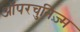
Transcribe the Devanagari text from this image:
ऑपरचुनिज़्म